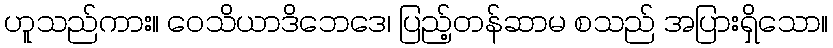
ဟူသည်ကား။ ဝေသိယာဒိဘေဒေ၊ ပြည့်တန်ဆာမ စသည် အပြားရှိသော။